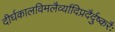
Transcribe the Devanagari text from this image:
दीर्घकालविमलैर्व्यादिप्रदैर्दुष्करैः